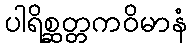
ပါရိစ္ဆတ္တကဝိမာနံ